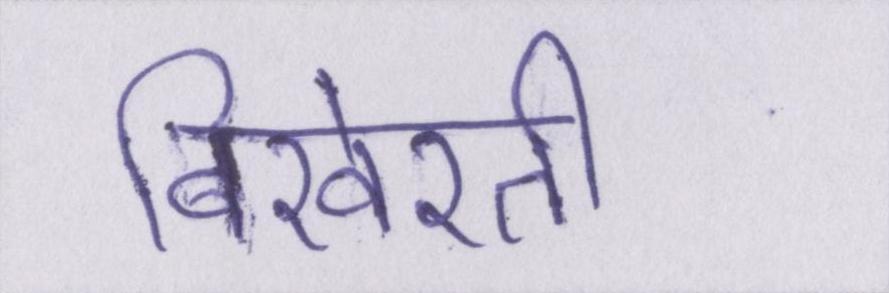
बिखेरती